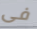
فى